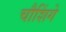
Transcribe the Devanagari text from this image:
चौशिंगे